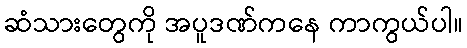
ဆံသားတွေကို အပူဒဏ်ကနေ ကာကွယ်ပါ။